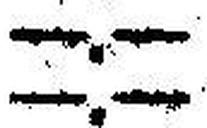
—.—